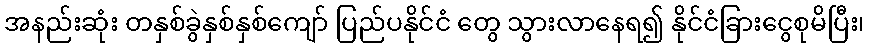
အနည်းဆုံး တနှစ်ခွဲနှစ်နှစ်ကျော် ပြည်ပနိုင်ငံ တွေ သွားလာနေရ၍ နိုင်ငံခြားငွေစုမိပြီး၊